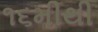
૧૬મીથી